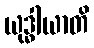
ယုဒ္ဓါယာတိ